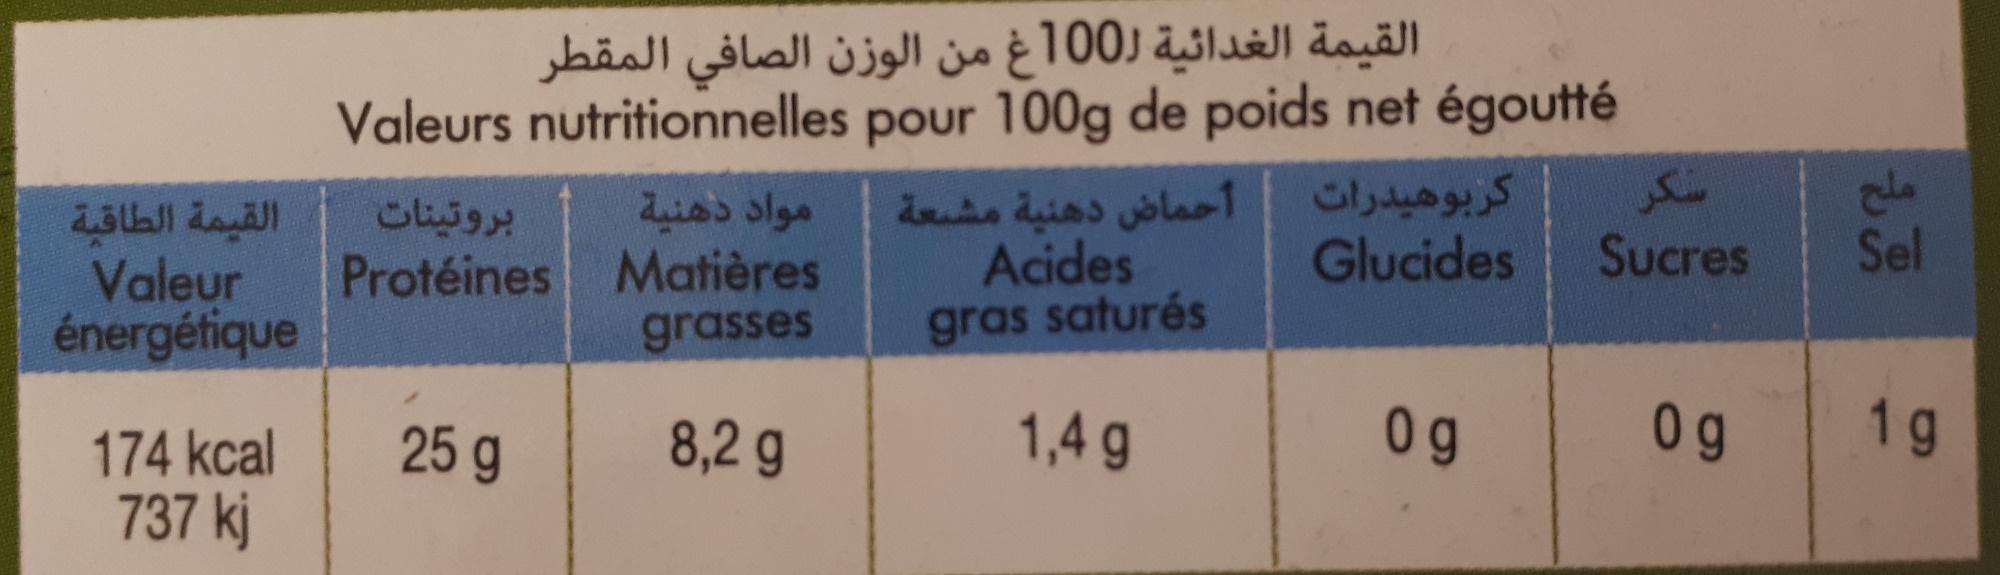
القيمة الطاقبة
Valeur énergétique
174 kcal 737 kj
Valeurs nutritionnelles
بروتينات
القيمة الغدائية ل100غ من الوزن الصافي المقطر
Protéines
25 9
pour 100g de poids net égoutté
مواد دهنية أحماض دهنية مشعة
Matières
grasses
8,2 g
Acides
gras saturés
1,4 g
کربوهیدرات
Glucides
09
سکر
Sucres
09
ملح
Sel
1g